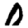
Digit: 0